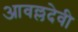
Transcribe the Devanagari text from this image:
आवल्लदेवी